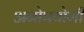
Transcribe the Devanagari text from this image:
अनोपयोगी